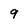
Character: 9